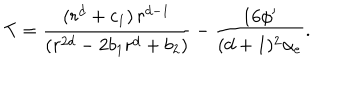
T = { \frac { ( r ^ { d } + c _ { 1 } ) \, r ^ { d - 1 } } { ( r ^ { 2 d } - 2 b _ { 1 } r ^ { d } + b _ { 2 } ) } } - { \frac { 1 6 \phi ^ { \prime } } { ( d + 1 ) ^ { 2 } \alpha _ { e } } } .